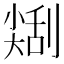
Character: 𠟥